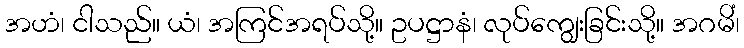
အဟံ၊ ငါသည်။ ယံ၊ အကြင်အရပ်သို့။ ဥပဋ္ဌာနံ၊ လုပ်ကျွေးခြင်းသို့။ အဂမိံ၊